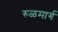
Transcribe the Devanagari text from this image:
रुळमार्ग